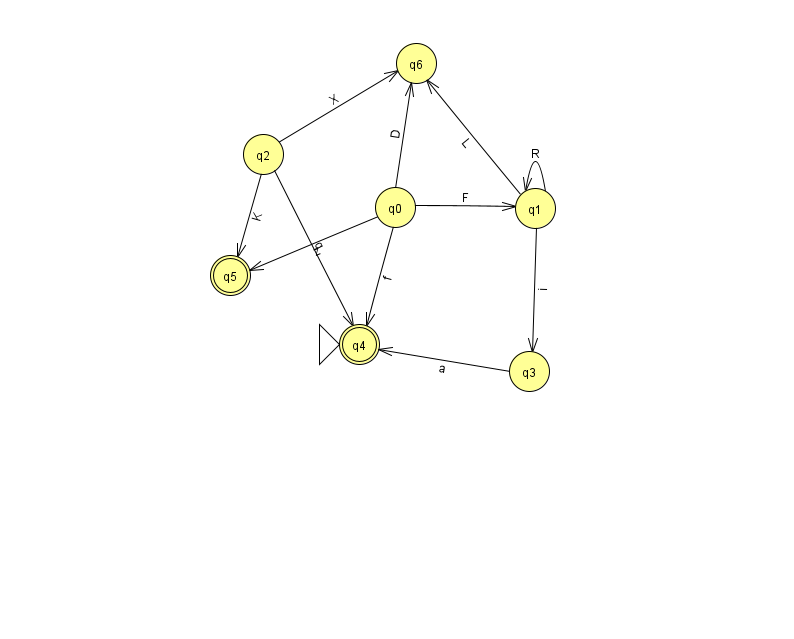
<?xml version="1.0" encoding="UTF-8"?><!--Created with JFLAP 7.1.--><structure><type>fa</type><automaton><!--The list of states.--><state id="0" name="q0"><x>395.0</x><y>194.0</y></state><state id="1" name="q1"><x>535.0</x><y>195.0</y></state><state id="2" name="q2"><x>263.0</x><y>141.0</y></state><state id="3" name="q3"><x>529.0</x><y>358.0</y></state><state id="4" name="q4"><x>359.0</x><y>331.0</y><initial/><final/></state><state id="5" name="q5"><x>230.0</x><y>262.0</y><final/></state><state id="6" name="q6"><x>416.0</x><y>50.0</y></state><!--The list of transitions.--><transition><from>2</from><to>6</to><read>X</read></transition><transition><from>1</from><to>1</to><read>R</read></transition><transition><from>1</from><to>3</to><read>i</read></transition><transition><from>0</from><to>1</to><read>F</read></transition><transition><from>1</from><to>6</to><read>L</read></transition><transition><from>2</from><to>4</to><read>q</read></transition><transition><from>2</from><to>5</to><read>K</read></transition><transition><from>3</from><to>4</to><read>a</read></transition><transition><from>0</from><to>4</to><read>f</read></transition><transition><from>0</from><to>5</to><read>z</read></transition><transition><from>0</from><to>6</to><read>D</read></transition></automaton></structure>